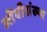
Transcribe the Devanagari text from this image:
ओंवीसंख्या